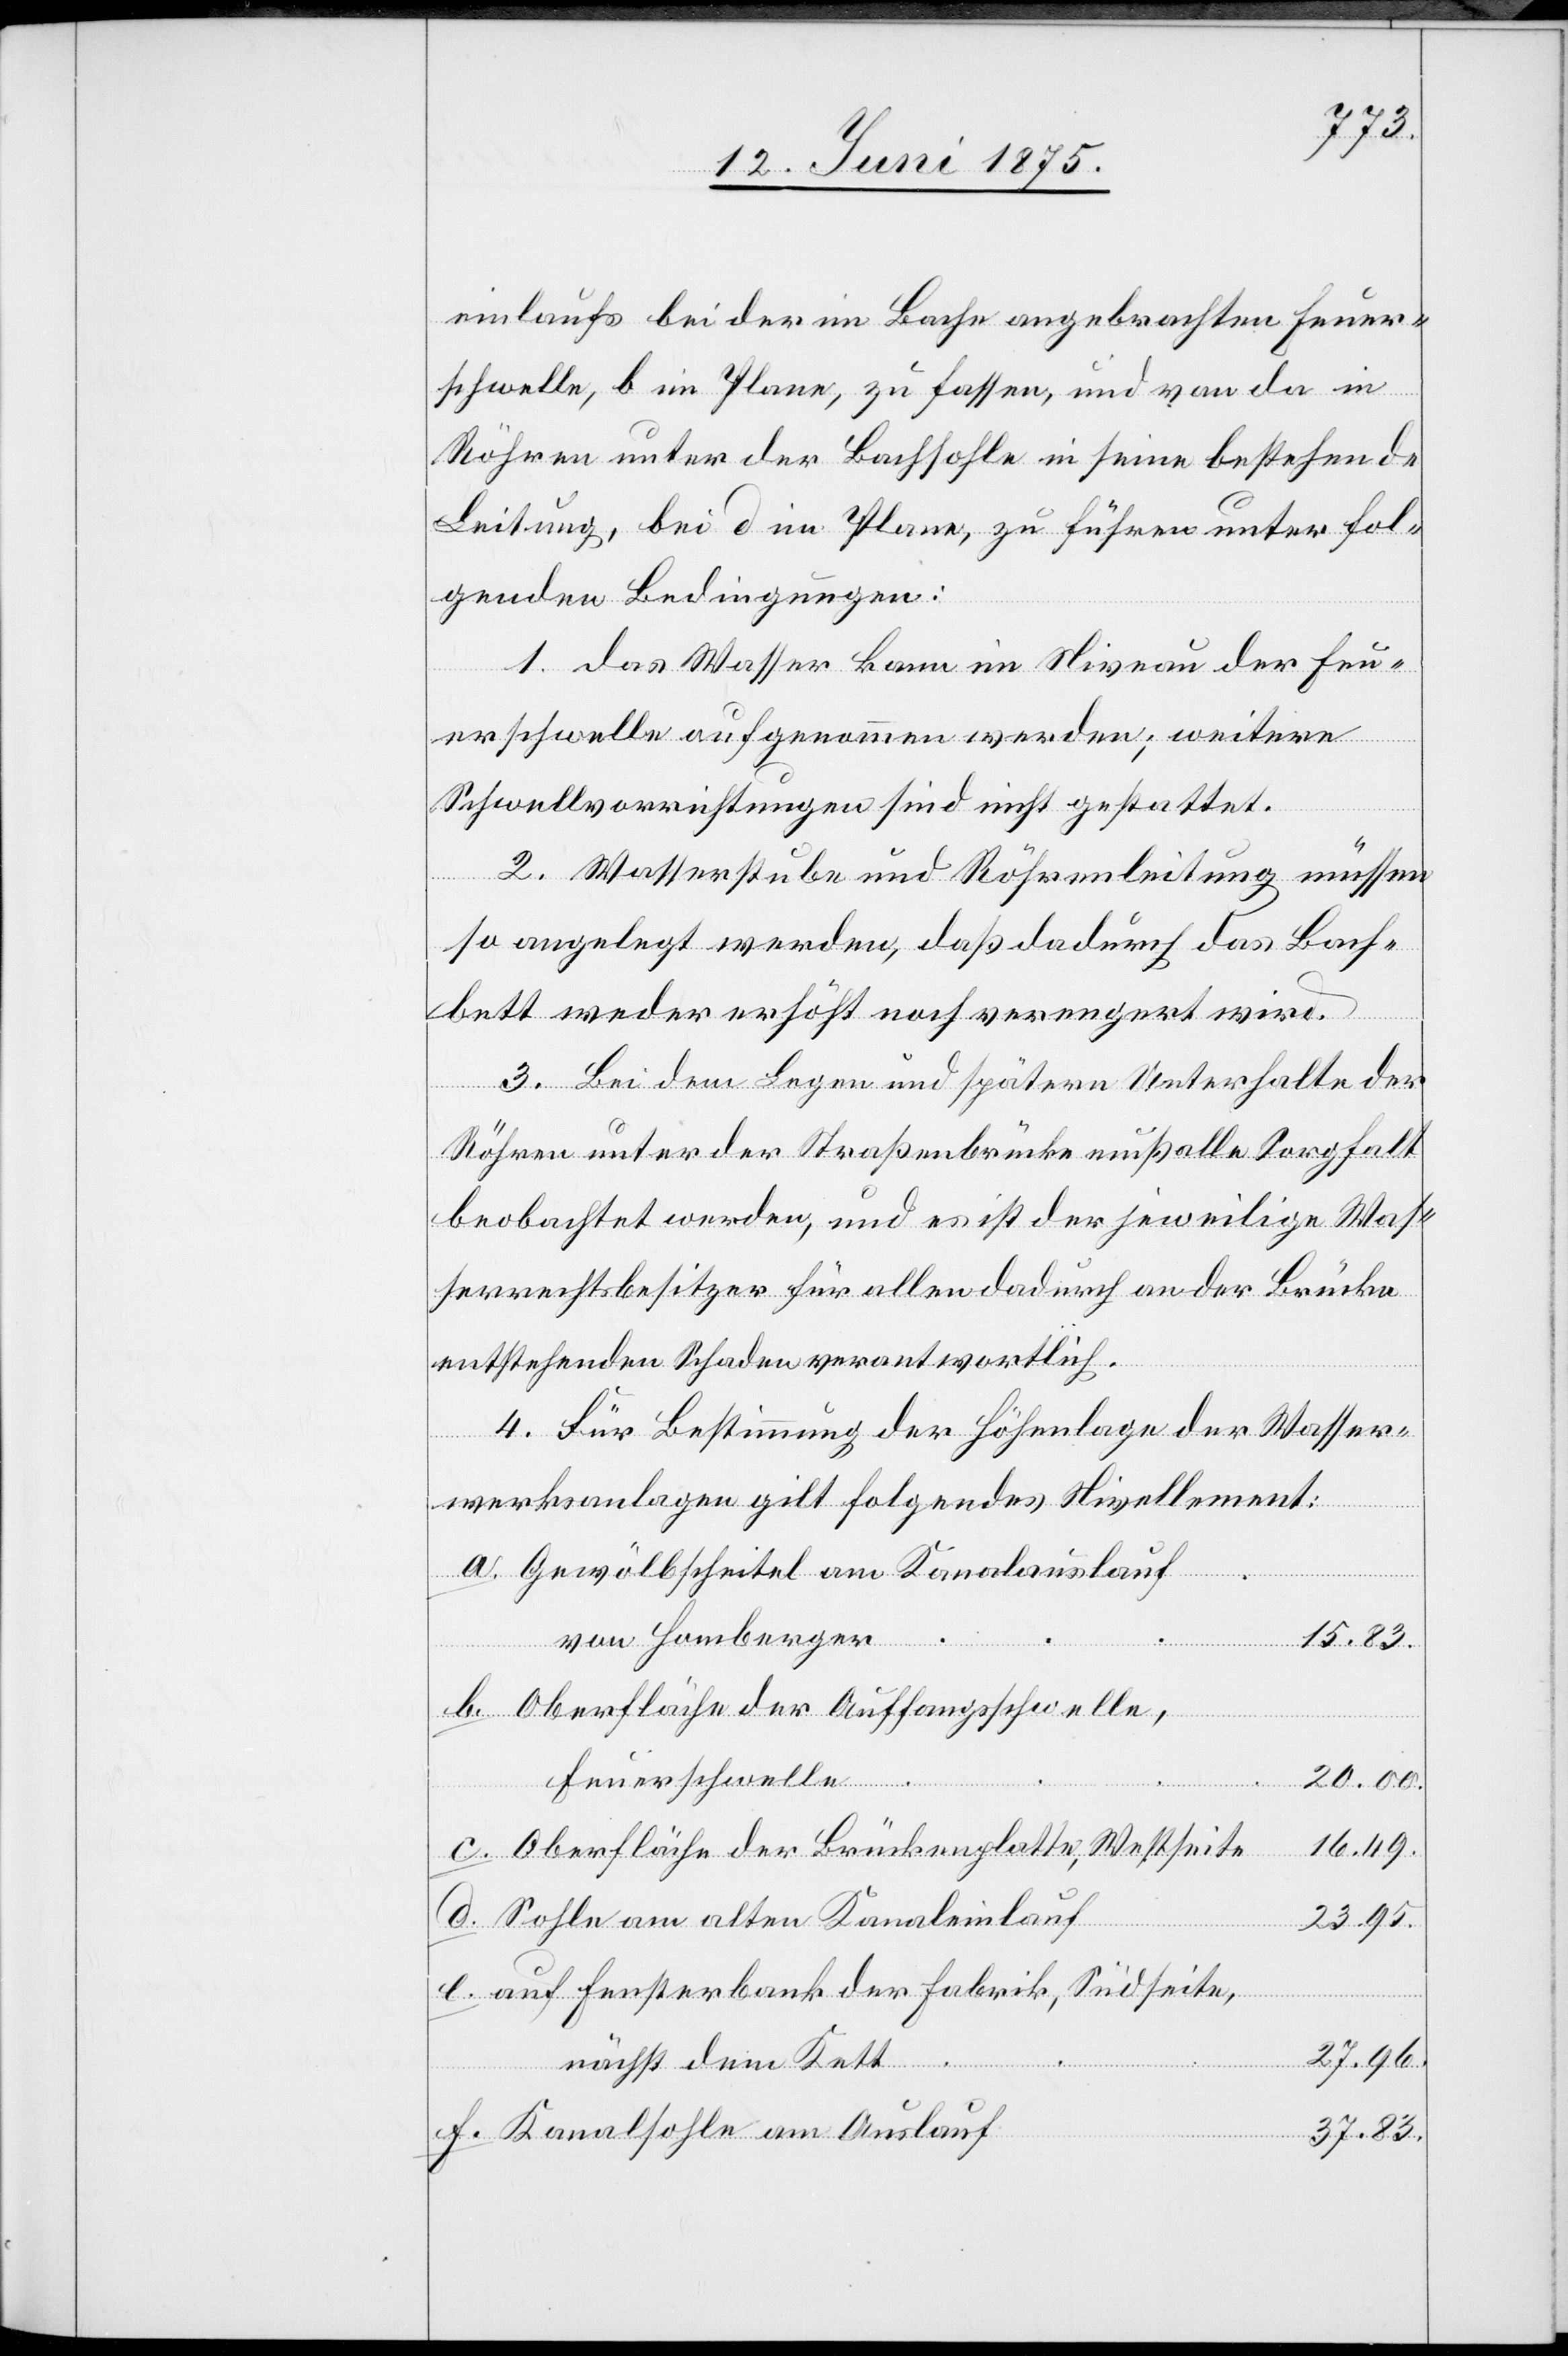
einlaufs bei der im Bache angebrachten Feuer¬
schwelle, b im Plane, zu fassen, und von da in
Röhren unter der Bachsohle in seine bestehende
Leitung, bei d im Plane, zu führen unter fol¬
genden Bedingungen:
1. das Wasser kann im Niveau der Feu¬
erschwelle aufgenommen werden; weitere
Schwellvorrichtungen sind nicht gestattet.
2. Wasserstube und Röhrenleitung müssen
so angelegt werden, daß dadurch das Bach¬
bett weder erhöht noch verengert wird.
3. Bei dem Legen und spätern Unterhalt der
Röhren unter der Straßenbrücke muß alle Sorgfalt
beobachtet werden, und es ist der jeweilige Was¬
serrechtsbesitzer für allen dadurch an der Brücke
entstehenden Schaden verantwortlich.
4. Für Bestimmung der Höhenlage der Wasser¬
werksanlagen gilt folgendes Nivellement:
Gewölbscheitel am Kanalauslauf
von Homberger
15.83.
Oberfläche der Auffangsschwelle,
Feuerschwelle
20.00.
16.49.
Oberfläche der Brückenplatte, Westseite
Sohle am alten Kanaleinlauf
23.95.
auf Fensterbank der Fabrik, Südseite,
27.96
nächst dem Kett
Kanalsohle am Auslauf
37.83.